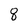
Character: 8